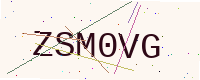
Text: ZSM0VG